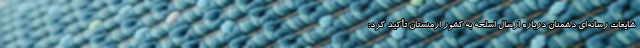
شایعات رسانه‌ای دشمنان درباره ارسال اسلحه به کشور ارمنستان تأکید کرد: